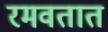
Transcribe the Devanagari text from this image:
रमवतात